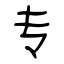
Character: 专